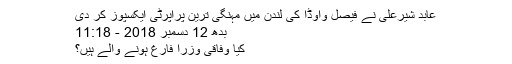
عابد شیرعلی نے فیصل واوڈا کی لندن میں مہنگی ترین پراپرٹی ایکسپوز کر دی
بدھ 12 دسمبر 2018 - 11:18
کیا وفاقی وزرا فارغ ہونے والے ہیں؟